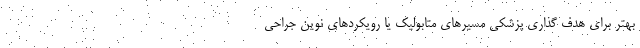
بهتر برای هدف ‌گذاری پزشکی مسیرهای متابولیک یا رویکردهای نوین جراحی